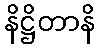
နိဋ္ဌိတာနိ